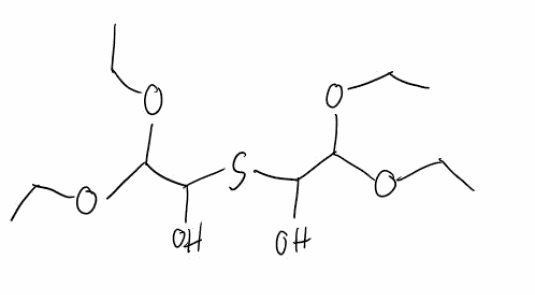
Simplified molecular-input line-entry system (SMILES) notation of the given molecule:
CCOC(C(O)SC(C(OCC)OCC)O)OCC